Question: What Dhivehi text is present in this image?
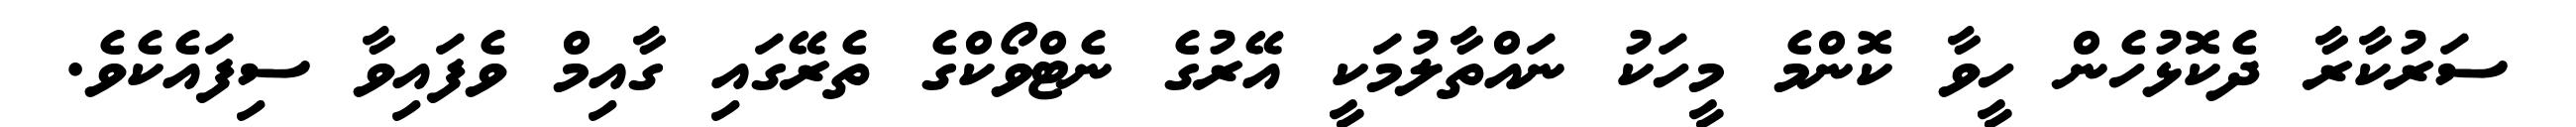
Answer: ސަރުކާރާ ދެކޮޅުހެން ހީވާ ކޮންމެ މީހަކު ނައްތާލުމަކީ އޭރުގެ ނެޓްވޯކްގެ ތެރޭގައި ގާއިމް ވެފައިވާ ސިފައެކެވެ.